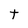
Character: t